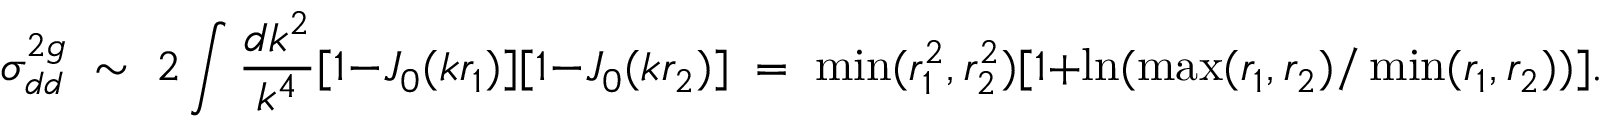
\sigma _ { d d } ^ { 2 g } \; \sim \; 2 \int { \frac { d k ^ { 2 } } { k ^ { 4 } } } [ 1 - J _ { 0 } ( k r _ { 1 } ) ] [ 1 - J _ { 0 } ( k r _ { 2 } ) ] \; = \; \operatorname * { m i n } ( r _ { 1 } ^ { 2 } , r _ { 2 } ^ { 2 } ) [ 1 + \ln ( \operatorname * { m a x } ( r _ { 1 } , r _ { 2 } ) / \operatorname * { m i n } ( r _ { 1 } , r _ { 2 } ) ) ] .